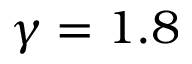
\gamma = 1 . 8